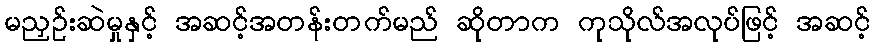
မညှဉ်းဆဲမှုနှင့် အဆင့်အတန်းတက်မည် ဆိုတာက ကုသိုလ်အလုပ်ဖြင့် အဆင့်